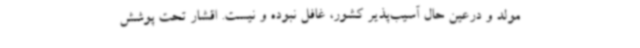
مولد و درعین‌ حال آسیب‌پذیر کشور، غافل نبوده و نیست. اقشار تحت پوشش